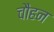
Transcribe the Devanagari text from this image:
चौहन